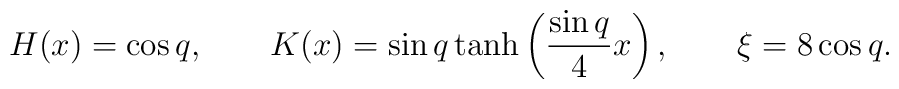
H(x)=\cos q,\qquad K(x)=\sin q \tanh\left(\frac{\sin q}{4}x\right),\qquad \xi=8\cos q.